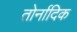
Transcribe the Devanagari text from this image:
तोर्नादिक